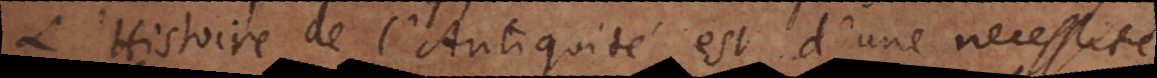
L’Histoire de l’Antiquité est d’une necessité